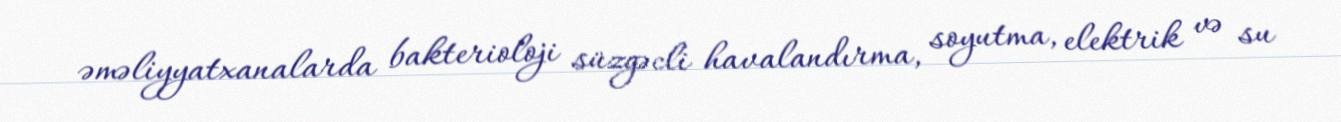
əməliyyatxanalarda bakterioloji süzgəcli havalandırma, soyutma, elektrik və su